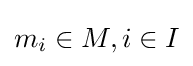
m_{i}\in M,i\in I